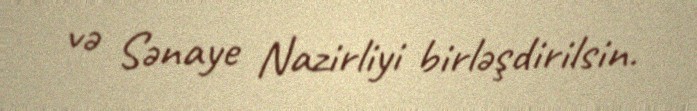
və Sənaye Nazirliyi birləşdirilsin.